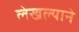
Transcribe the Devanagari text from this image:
लेखल्याने